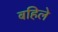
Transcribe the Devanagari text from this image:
बहिले